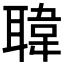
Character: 𦗇